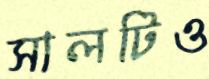
সালটিও